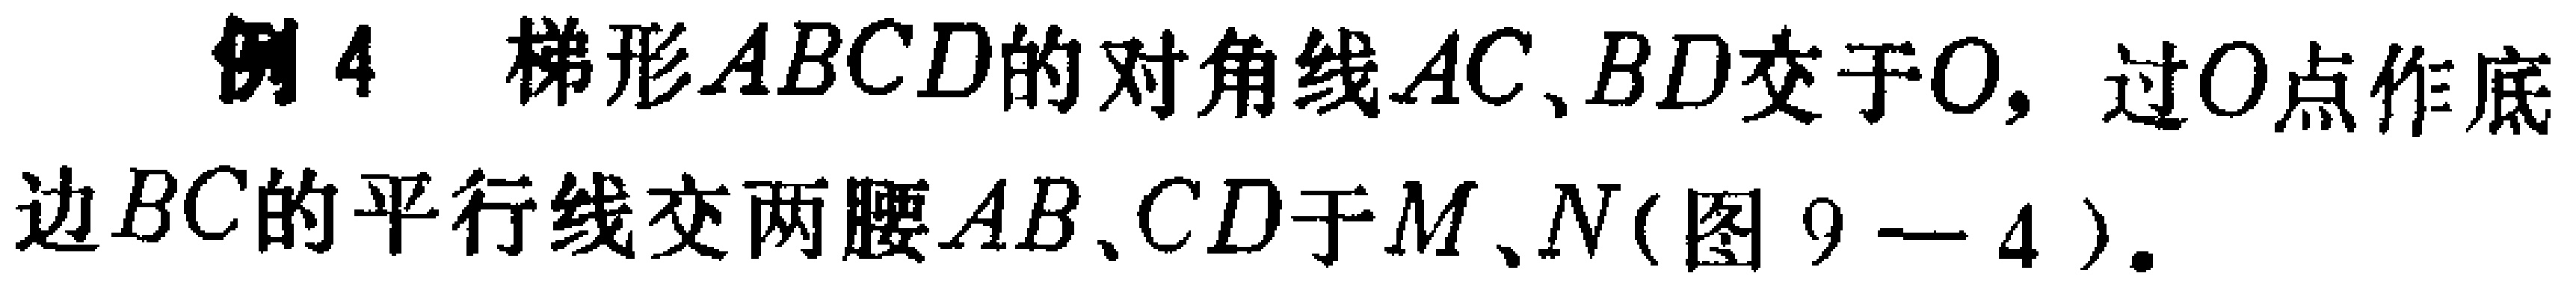
例4 梯形\(ABCD\)的对角线\(AC、BD\)交于\(O\)，过\(O\)点作底边\(BC\)的平行线交两腰\(AB、CD\)于\(M、N\)(图\(9 - 4\))。